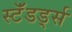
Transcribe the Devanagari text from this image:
स्टॅंडर्ड्स